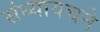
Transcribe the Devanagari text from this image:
संध्यावचने